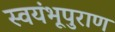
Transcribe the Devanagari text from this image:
स्वयंभूपुराण